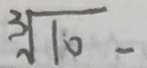
\sqrt [ 3 ] { 1 0 } -